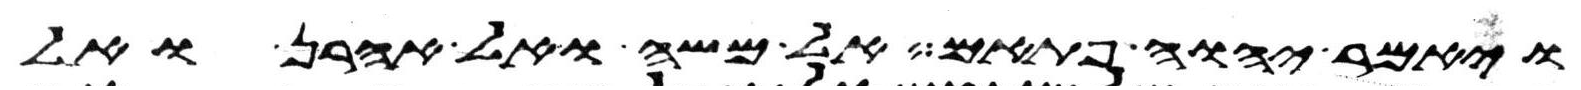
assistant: ויאמר יהוה פתאם אל משה ואל אהרן ואל